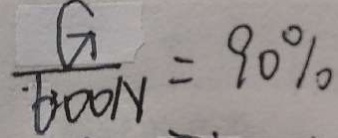
\frac { G } { 6 0 0 N } = 9 0 \%